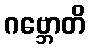
ဂဗ္ဘောတိ